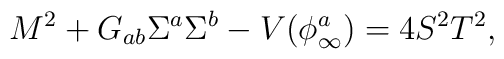
M^2+G_{ab}\Sigma^a\Sigma^b-V(\phi^a_{\infty})=4S^2T^2,